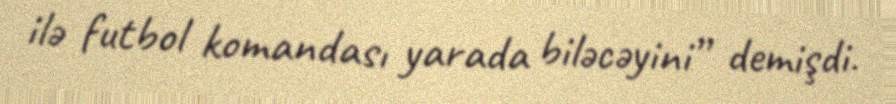
ilə futbol komandası yarada biləcəyini” demişdi.